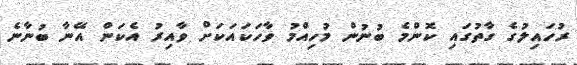
ރުހައިލުގެ ގާތުގައި ކޮންމެ ބުނުން މުހިއްމު ވާހަކައަކަށް ވާއިރު އެކަން އޭނާ ބުނާނެ